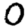
Digit: 0